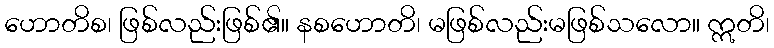
ဟောတိစ၊ ဖြစ်လည်းဖြစ်၏။ နစဟောတိ၊ မဖြစ်လည်းမဖြစ်သလော။ ဣတိ၊